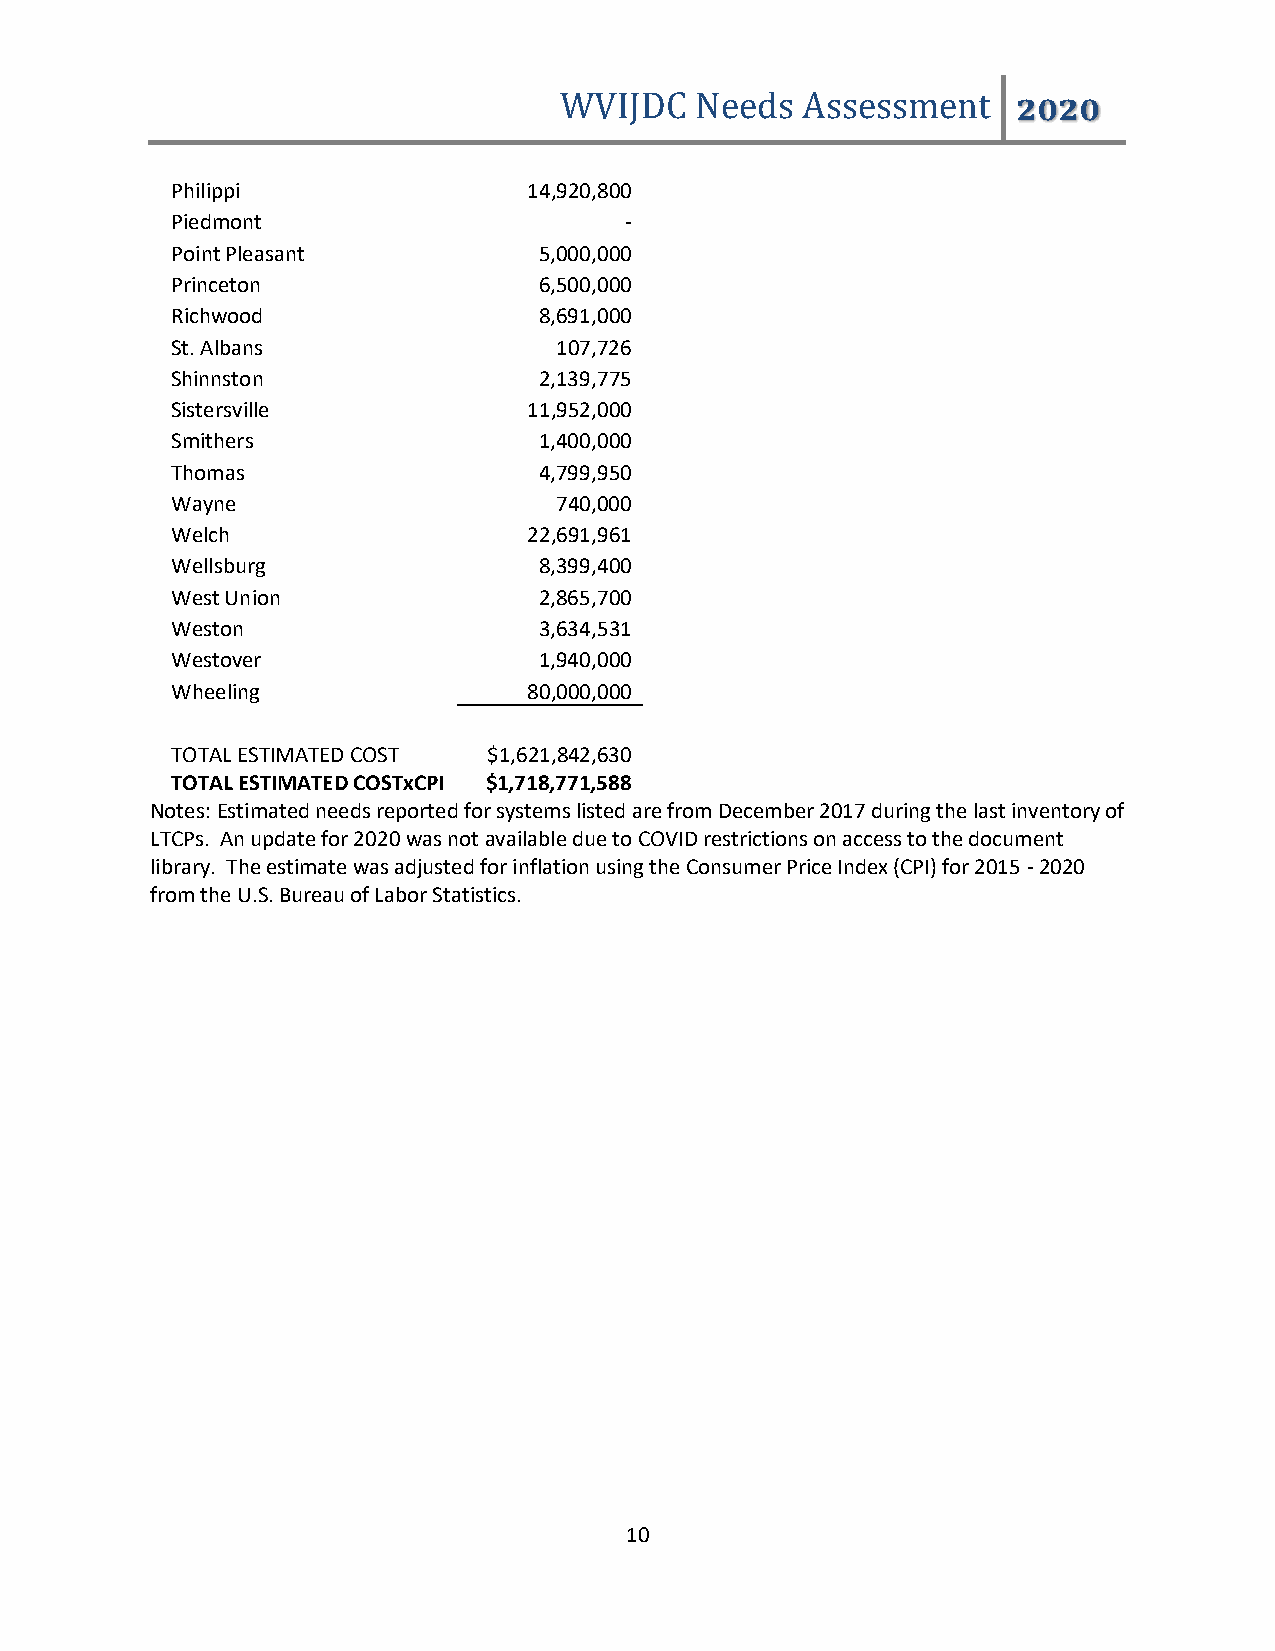
WVIJDC   Needs  Assessment    2020
 Philippi                14,920,800
 Piedmont                      -
 Point Pleasant           5,000,000
 Princeton                6,500,000
 Richwood                 8,691,000
 St. Albans                107,726
 Shinnston                2,139,775
 Sistersville            11,952,000
 Smithers                 1,400,000
 Thomas                   4,799,950
 Wayne                     740,000
 Welch                   22,691,961
 Wellsburg                8,399,400
 West Union               2,865,700
 Weston                   3,634,531
 Westover                 1,940,000
 Wheeling                80,000,000
 TOTAL ESTIMATED COST $1,621,842,630
 TOTAL ESTIMATED COSTxCPI $1,718,771,588
 Notes: Estimated needs reported for systems listed are from December 2017 during the last inventory of
 LTCPs. An update for 2020 was not available due to COVID restrictions on access to the document
 library. The estimate was adjusted for inflation using the Consumer Price Index (CPI) for 2015 - 2020
 from the U.S. Bureau of Labor Statistics.
 10